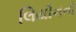
લિયોનનો